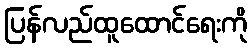
ပြန်လည်ထူထောင်ရေးကို